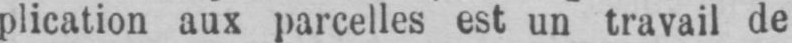
plication aux parcelles est un travail de